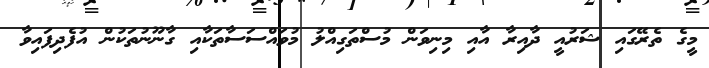
މީގެ ތެރޭގައި ޝަރުއީ ދާއިރާ އާއި މިނިވަން މުސްތަގިއްލު މުވައްސަސާތަކާއި ގާނޫނުތަކުން އުފެދިފައިވާ